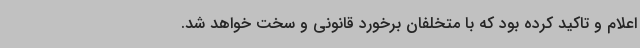
اعلام و تاکید کرده بود که با متخلفان برخورد قانونی و سخت خواهد شد.